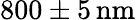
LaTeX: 800\pm 5\, \mathrm{nm}